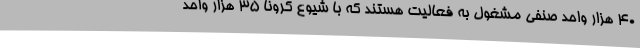
40 هزار واحد صنفی مشغول به فعالیت هستند که با شیوع کرونا 35 هزار واحد